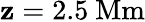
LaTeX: \mathbf{z}=2.5\ \mathrm{{Mm}}